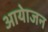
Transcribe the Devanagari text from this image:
आयेाजन